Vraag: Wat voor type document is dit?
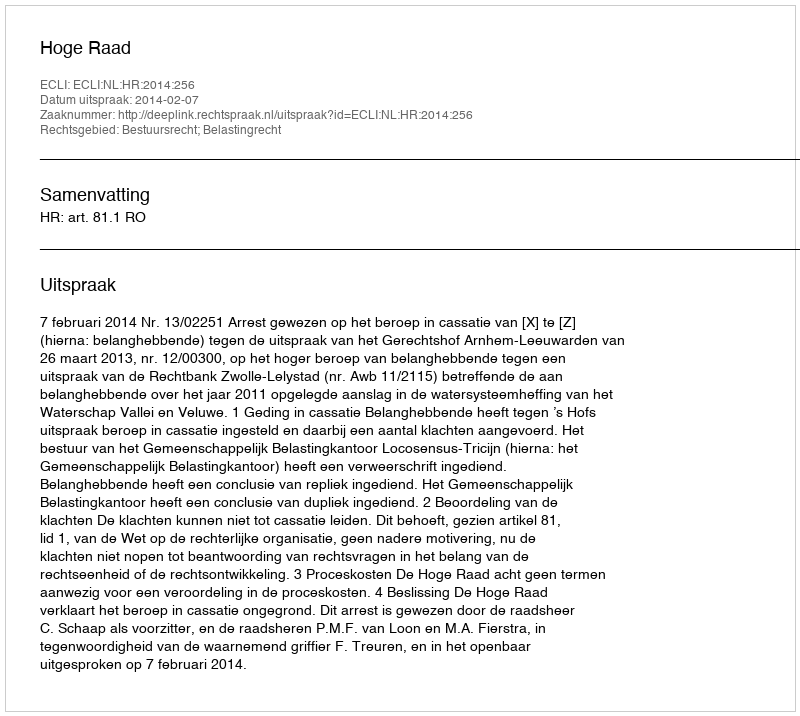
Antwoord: Uitspraak